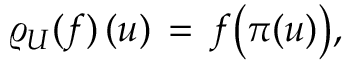
\lefteqn { \varrho _ { U } ( f ) \, ( u ) \, = \, f \big ( \pi ( u ) \big ) , }